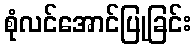
စုံလင်အောင်ပြုခြင်း